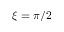
\xi = \pi / 2